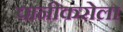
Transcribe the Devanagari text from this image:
पानीकरोला